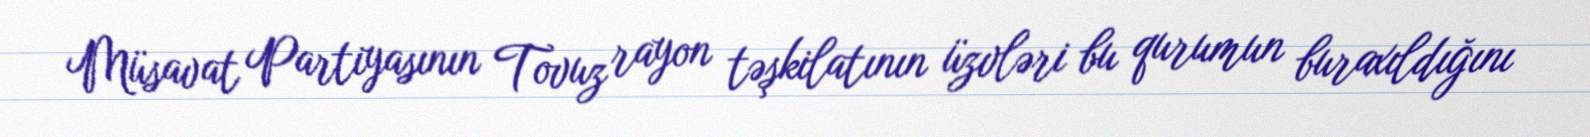
Müsavat Partiyasının Tovuz rayon təşkilatının üzvləri bu qurumun buraxıldığını